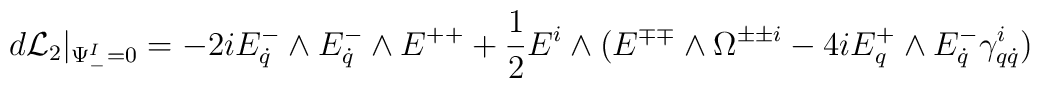
d{\cal L}_2 \vert_{\Psi_-^I=0}= -2 i E^-_{\dot{q}} \wedge E^-_{\dot{q}} \wedge E^{++} +{1 \over 2} E^i \wedge ( E^{\mp\mp} \wedge \Omega^{\pm\pm i} - 4i E^+_q \wedge E^-_{\dot{q}}\gamma^i_{q\dot{q}})